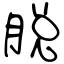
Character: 脱